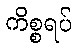
ကိစ္စရပ်